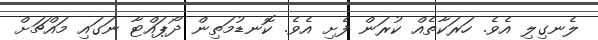
ލެނގިލި އެވެ. ހަރަކާތެއް ކުރަން ފެށި އެވެ. ކޮނޑުމަތިން ދޯޕައްޓާ ނަގައި މައްޗަށް